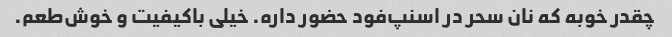
چقدر خوبه که نان سحر در اسنپ‌فود حضور داره. خیلی باکیفیت و خوش‌طعم.